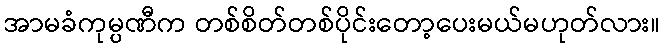
အာမခံကုမ္ပဏီက တစ်စိတ်တစ်ပိုင်းတော့ပေးမယ်မဟုတ်လား။